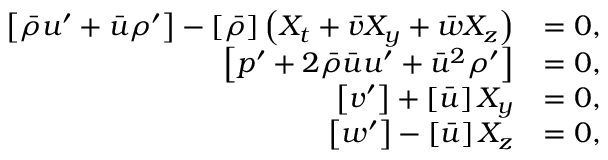
\begin{array} { r l } { \left[ \bar { \rho } u ^ { \prime } + \bar { u } \rho ^ { \prime } \right] - \left[ \bar { \rho } \right] \left( X _ { t } + \bar { v } X _ { y } + \bar { w } X _ { z } \right) } & { = 0 , } \\ { \left[ p ^ { \prime } + 2 \bar { \rho } \bar { u } u ^ { \prime } + \bar { u } ^ { 2 } \rho ^ { \prime } \right] } & { = 0 , } \\ { \left[ v ^ { \prime } \right] + \left[ \bar { u } \right] X _ { y } } & { = 0 , } \\ { \left[ w ^ { \prime } \right] - \left[ \bar { u } \right] X _ { z } } & { = 0 , } \end{array}